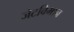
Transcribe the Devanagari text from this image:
जेटविमान